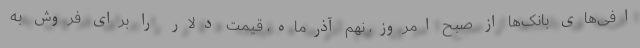
افی‌های بانک‌ها از صبح امروز، نهم آذرماه، قیمت دلار را برای فروش به